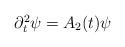
LaTeX: \begin{align*} \begin{array}{ll} \partial_t^2 \psi = A_2(t) \psi \end{array} \end{align*}